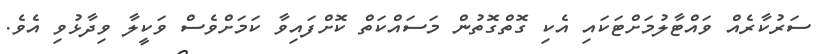
ސަރުކާރެއް ވައްޓާލުމަށްޓަކައި އެކި ގޮތްގޮތުން މަސައްކަތް ކޮށްފައިވާ ކަމަށްވެސް ވަކީލާ ވިދާޅުވި އެވެ.